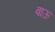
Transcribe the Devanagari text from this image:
बाऊ